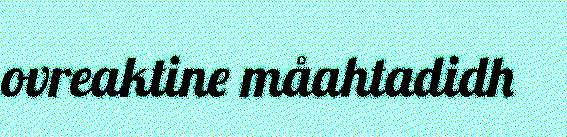
ovreaktine måahtadidh